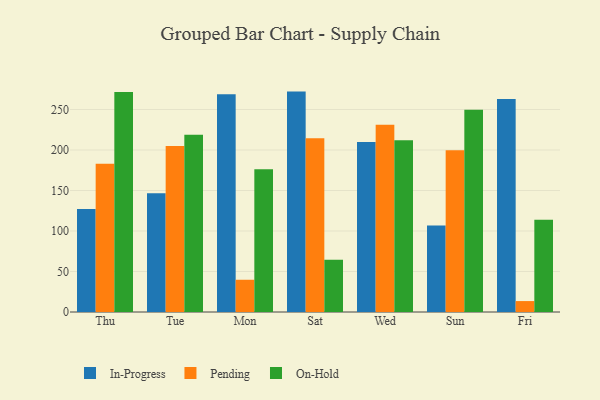
{"axis": {"x": "Day", "y": "Customer Acquisition Cost (USD)"}, "legend": ["In-Progress", "On-Hold", "Pending"], "data": [{"x": "Thu", "y": 127.1, "type": "In-Progress"}, {"x": "Thu", "y": 183.0, "type": "Pending"}, {"x": "Thu", "y": 271.6, "type": "On-Hold"}, {"x": "Tue", "y": 146.7, "type": "In-Progress"}, {"x": "Tue", "y": 205.0, "type": "Pending"}, {"x": "Tue", "y": 218.7, "type": "On-Hold"}, {"x": "Mon", "y": 268.9, "type": "In-Progress"}, {"x": "Mon", "y": 39.8, "type": "Pending"}, {"x": "Mon", "y": 176.3, "type": "On-Hold"}, {"x": "Sat", "y": 272.1, "type": "In-Progress"}, {"x": "Sat", "y": 214.6, "type": "Pending"}, {"x": "Sat", "y": 64.5, "type": "On-Hold"}, {"x": "Wed", "y": 209.9, "type": "In-Progress"}, {"x": "Wed", "y": 231.3, "type": "Pending"}, {"x": "Wed", "y": 212.1, "type": "On-Hold"}, {"x": "Sun", "y": 106.8, "type": "In-Progress"}, {"x": "Sun", "y": 199.8, "type": "Pending"}, {"x": "Sun", "y": 249.7, "type": "On-Hold"}, {"x": "Fri", "y": 263.1, "type": "In-Progress"}, {"x": "Fri", "y": 13.5, "type": "Pending"}, {"x": "Fri", "y": 114.0, "type": "On-Hold"}]}